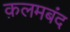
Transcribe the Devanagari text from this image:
क़लमबंद